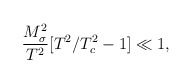
\begin{align*}\frac{M_{\sigma}^2}{T^2}[T^2/T^2_c-1] \ll 1 ,\end{align*}